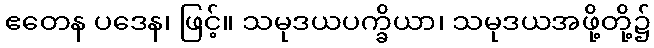
ဧတေန ပဒေန၊ ဖြင့်။ သမုဒယပက္ခိယာ၊ သမုဒယအဖို့တို့၌